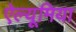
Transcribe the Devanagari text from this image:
ऐल्यूमिया